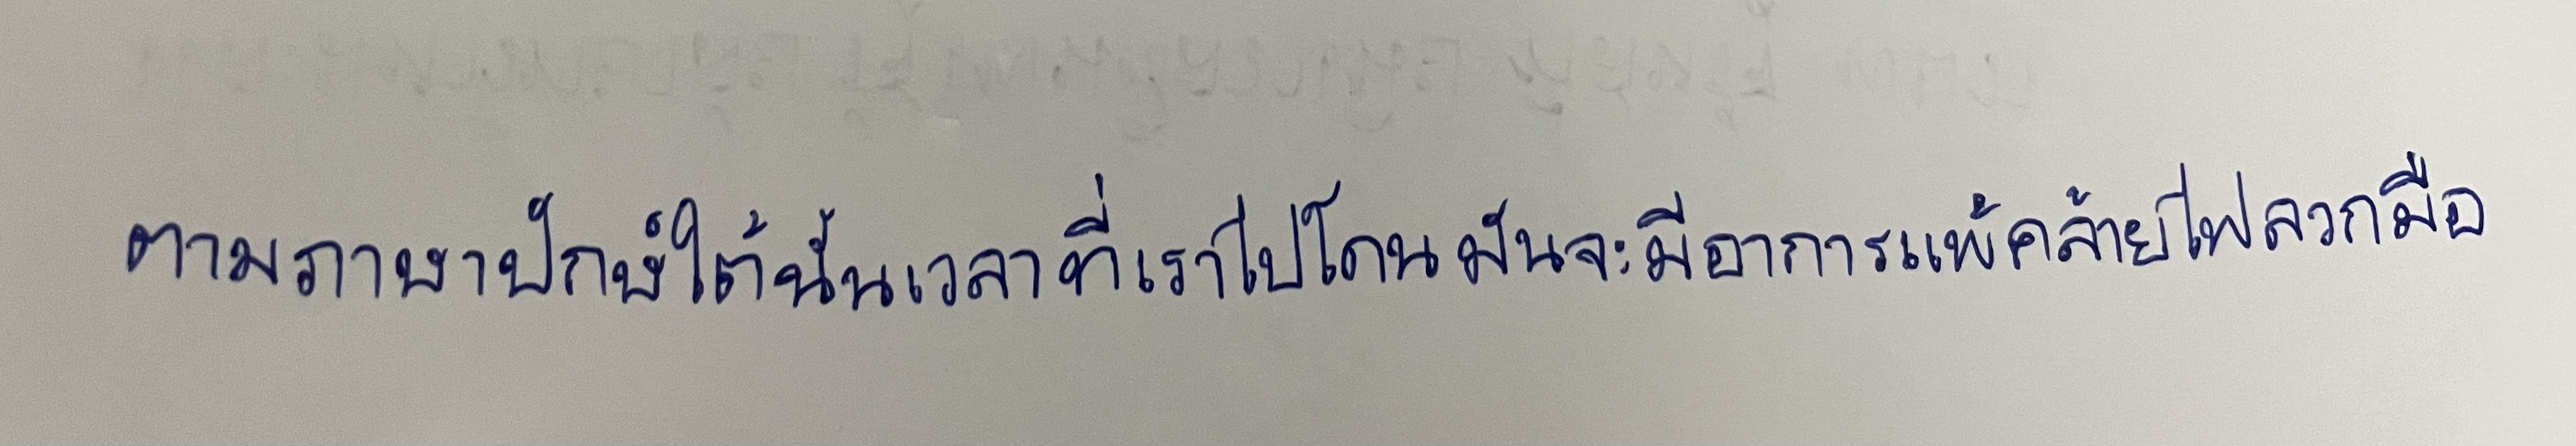
ตามภาษาปักษ์ใต้นั้นเวลาที่เราไปโดนมันจะมีอาการแพ้คล้ายไฟลวกมือ